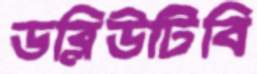
ডব্লিউটিবি